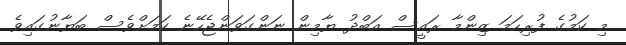
މި ކަމުގެ ފުރިހަމަ ޒިންމާ ރައީސް އަބްދު ޔާމިން ނަންގަވަންޖެހޭނެ ކަމަށްވެސް ބަޔާނުގައިވެ